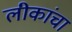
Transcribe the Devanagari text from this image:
लीकांचा